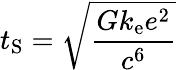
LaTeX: t_{\mathrm{S}}={\sqrt{\frac{Gk_{\mathrm{e}}e^{2}}{c^{6}}}}